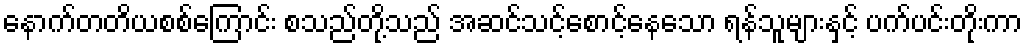
နောက်တတိယစစ်ကြောင်း စသည်တို့သည် အဆင်သင့်စောင့်နေသော ရန်သူများနှင့် ပက်ပင်းတိုးကာ